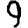
Digit: 9